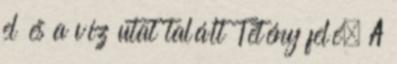
el és a víz utat talált Tétény felé. A